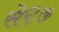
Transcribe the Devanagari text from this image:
से२७